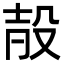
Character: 㱿